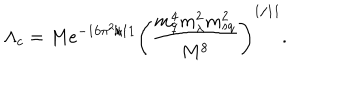
LaTeX: \Lambda _ { c } = M e ^ { - 1 6 \pi ^ { 2 } / 1 1 } \left( \frac { m _ { q } ^ { 4 } m _ { \lambda } ^ { 2 } m _ { s q } ^ { 2 } } { M ^ { 8 } } \right) ^ { 1 / 1 1 } .